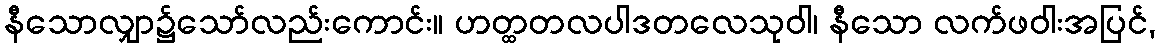
နီသောလျှာ၌သော်လည်းကောင်း။ ဟတ္ထတလပါဒတလေသုဝါ၊ နီသော လက်ဖဝါးအပြင်,